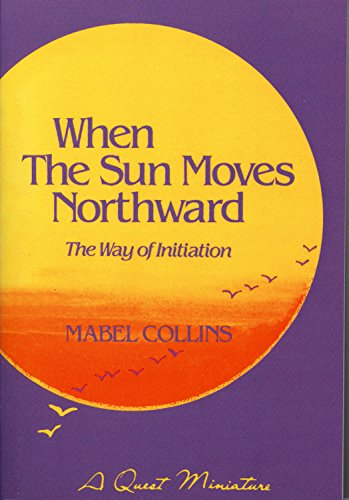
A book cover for When the Sun Moves Northward: The Way of Initiation (A Quest book); Mabel Collins; Religion & Spirituality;